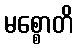
မစ္စောတိ